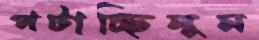
পটাচ্ছিলুম